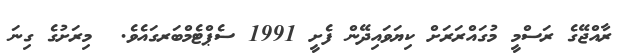
ރާއްޖޭގެ ރަސްމީ މުގައްރަރަށް ކިޔަވައިދޭން ފެށީ 1991 ސެޕްޓެމްބަރގައެވެ.  މިރަށުގެ ގިނަ